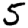
Digit: 5